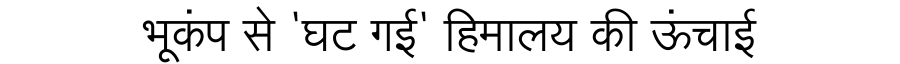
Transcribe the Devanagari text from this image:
भूकंप से 'घट गई' हिमालय की ऊंचाई